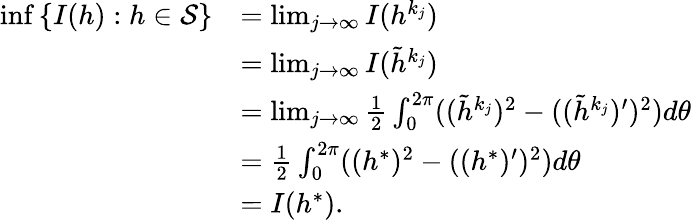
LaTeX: \begin{array}{rl}{\operatorname*{inf}\left\{ I(h):h\in\mathcal{S}\right\} }&{=\operatorname*{lim}_{j\rightarrow\infty}I(h^{k_{j}})}\\ &{=\operatorname*{lim}_{j\rightarrow\infty}I(\tilde{h}^{k_{j}})}\\ &{=\operatorname*{lim}_{j\rightarrow\infty}\frac{1}{2}\int_{0}^{2\pi}((\tilde{h}^{k_{j}})^{2}-((\tilde{h}^{k_{j}})^{\prime})^{2})d\theta}\\ &{=\frac{1}{2}\int_{0}^{2\pi}((h^{*})^{2}-((h^{*})^{\prime})^{2})d\theta}\\ &{=I(h^{*}).}\end{array}